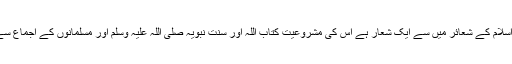
قربانی دین اسلام کے شعائر میں سے ایک شعار ہے اس کی مشروعیت کتاب اللہ اور سنت نبویہ صلی اللہ علیہ وسلم اور مسلمانوں کے اجماع سے ثابت ہے۔